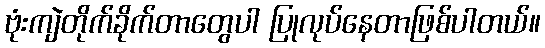
ဗုံးကျဲတိုက်ခိုက်တာတွေပါ ပြုလုပ်နေတာဖြစ်ပါတယ်။